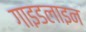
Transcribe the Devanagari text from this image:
गाइडलाइन